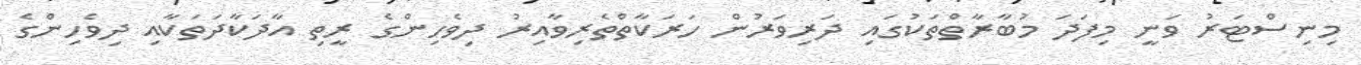
މިނިސްޓަރު ވަނީ މިފަދަ މުބާރާތްތަކުގައި ދަރިވަރުން ހަރަކާތްތެރިވާއިރު ދިވެހިންގެ ރީތި އާދަކާދަތަކާއި ދިވެހިންގެ